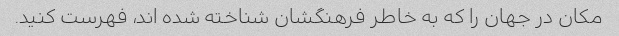
مکان در جهان را که به خاطر فرهنگشان شناخته شده اند، فهرست کنید.